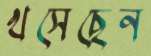
খসেছেন